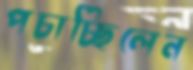
পচাচ্ছিলেন